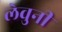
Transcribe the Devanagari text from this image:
लेवुनी